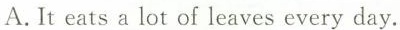
A. It eats a lot of leaves every day.